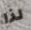
لذا